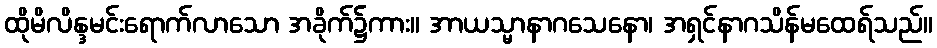
ထိုမိလိန္ဒမင်းရောက်လာသော အခိုက်၌ကား။ အာယသ္မာနာဂသေနော၊ အရှင်နာဂသိန်မထေရ်သည်။